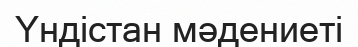
Үндістан мәдениеті